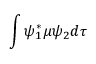
\int \psi _ { 1 } ^ { * } \mu \psi _ { 2 } d \tau